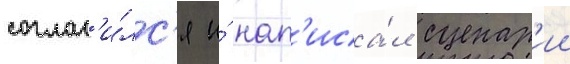
соглас'и́лс'я и́ нап'иса́л сценар'ии